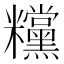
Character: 𥽻